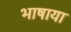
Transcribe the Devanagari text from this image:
भाषाया